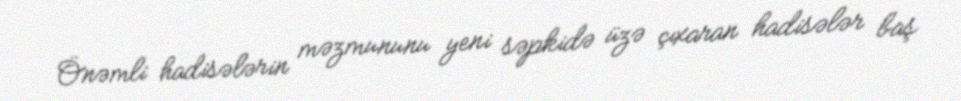
Önəmli hadisələrin məzmununu yeni səpkidə üzə çıxaran hadisələr baş